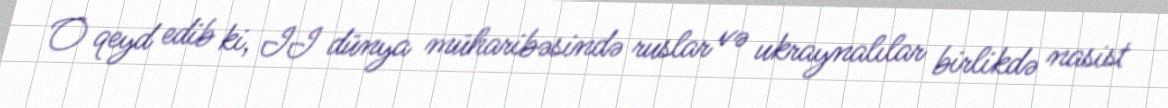
O qeyd edib ki, II dünya müharibəsində ruslar və ukraynalılar birlikdə nasist